Annual vaccination report of Bihar and Orissa - 1911-1928
Year: 1911
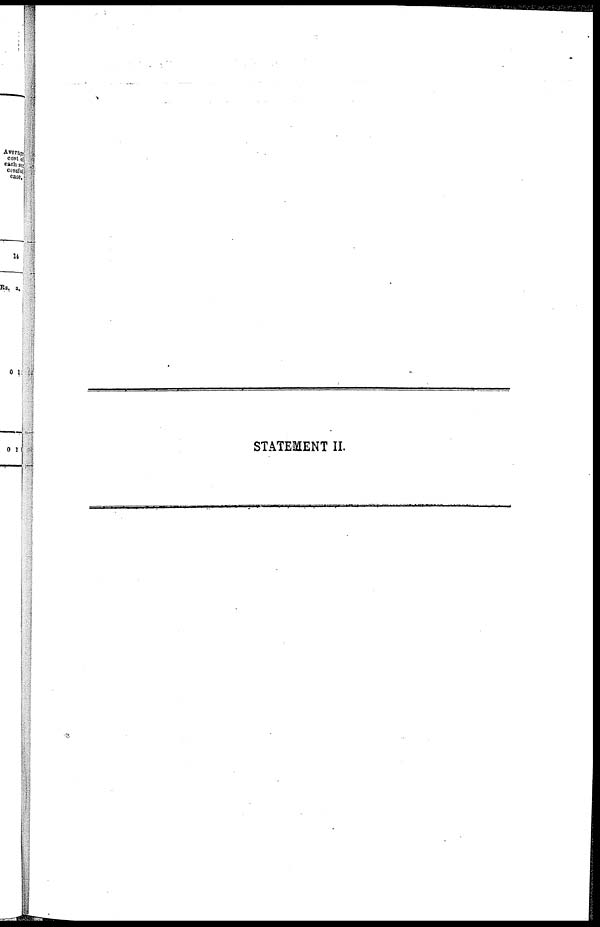
STATEMENT II.